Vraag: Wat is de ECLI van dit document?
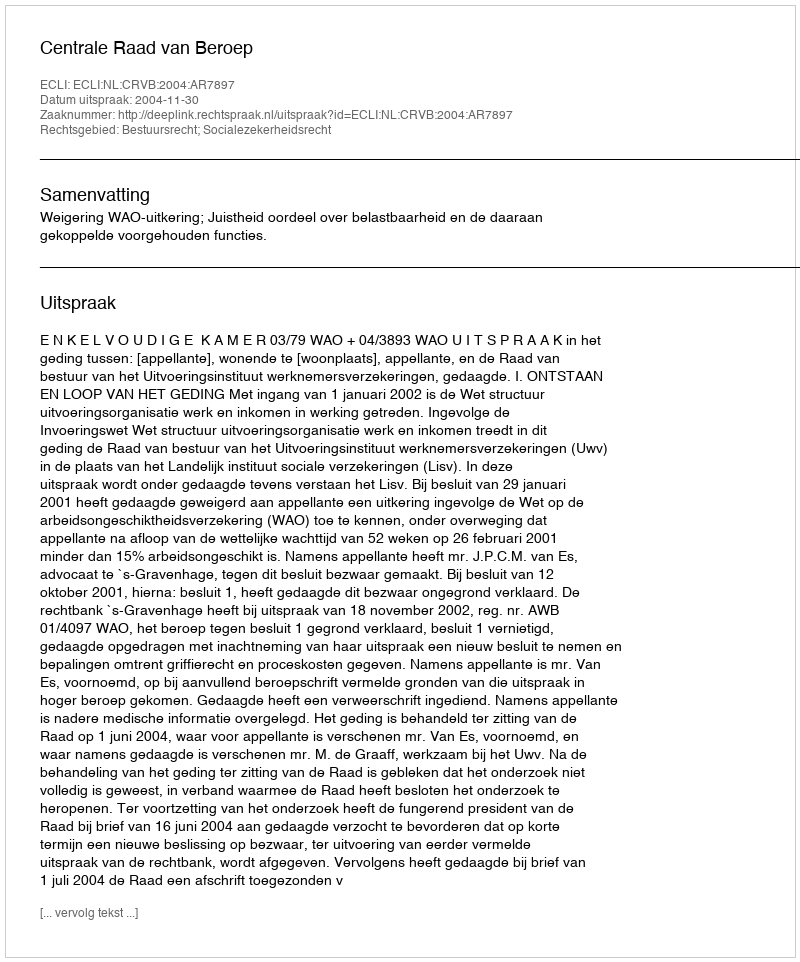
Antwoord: ECLI:NL:CRVB:2004:AR7897